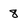
Character: 8